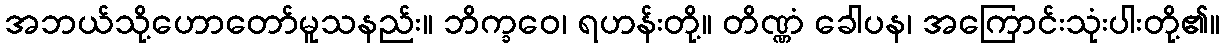
အဘယ်သို့ဟောတော်မူသနည်း။ ဘိက္ခဝေ၊ ရဟန်းတို့။ တိဏ္ဏံ ခေါပန၊ အကြောင်းသုံးပါးတို့၏။